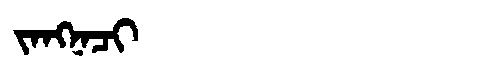
Manchu: ᠵᠠᠩᠨᠠᠴᡳ
Romanization: JANGNACI